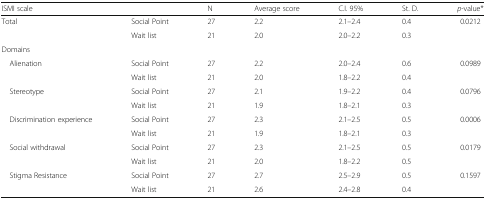
| ISMI scale |  | N | Average score | C.I. 95% | St. D. | p-value* |
 | --- | --- | --- | --- | --- | --- | --- |
 | <ROWSPAN=2> Total | Social Point | 27 | 2.2 | 2.1–2.4 | 0.4 | <ROWSPAN=2> 0.0212 |
 | Wait list | 21 | 2.0 | 2.0–2.2 | 0.3 |
 | <COLSPAN=7> Domains |
 | <ROWSPAN=2> Alienation | Social Point | 27 | 2.2 | 2.0–2.4 | 0.6 | <ROWSPAN=2> 0.0989 |
 | Wait list | 21 | 2.0 | 1.8–2.2 | 0.4 |
 | <ROWSPAN=2> Stereotype | Social Point | 27 | 2.1 | 1.9–2.2 | 0.4 | <ROWSPAN=2> 0.0796 |
 | Wait list | 21 | 1.9 | 1.8–2.1 | 0.3 |
 | <ROWSPAN=2> Discrimination experience | Social Point | 27 | 2.3 | 2.1–2.5 | 0.5 | <ROWSPAN=2> 0.0006 |
 | Wait list | 21 | 1.9 | 1.8–2.1 | 0.3 |
 | <ROWSPAN=2> Social withdrawal | Social Point | 27 | 2.3 | 2.1–2.5 | 0.5 | <ROWSPAN=2> 0.0179 |
 | Wait list | 21 | 2.0 | 1.8–2.2 | 0.5 |
 | <ROWSPAN=2> Stigma Resistance | Social Point | 27 | 2.7 | 2.5–2.9 | 0.5 | <ROWSPAN=2> 0.1597 |
 | Wait list | 21 | 2.6 | 2.4–2.8 | 0.4 |